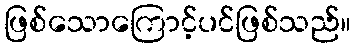
ဖြစ်သောကြောင့်ပင်ဖြစ်သည်။